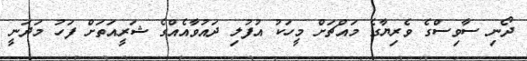
ދޯނި ސާވިސްގެ ވެރިޔާގެ މައްޗަށް މީހަކު އުފުލި ދައުވާއެއްގެ ޝަރީއަތަށް ފަހު މަދަނީ